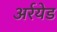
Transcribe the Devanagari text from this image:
अर्रयेड